NAE_ERA_R-1765_ENSV_Kirjanike_Liit_1945-1955, lk 9
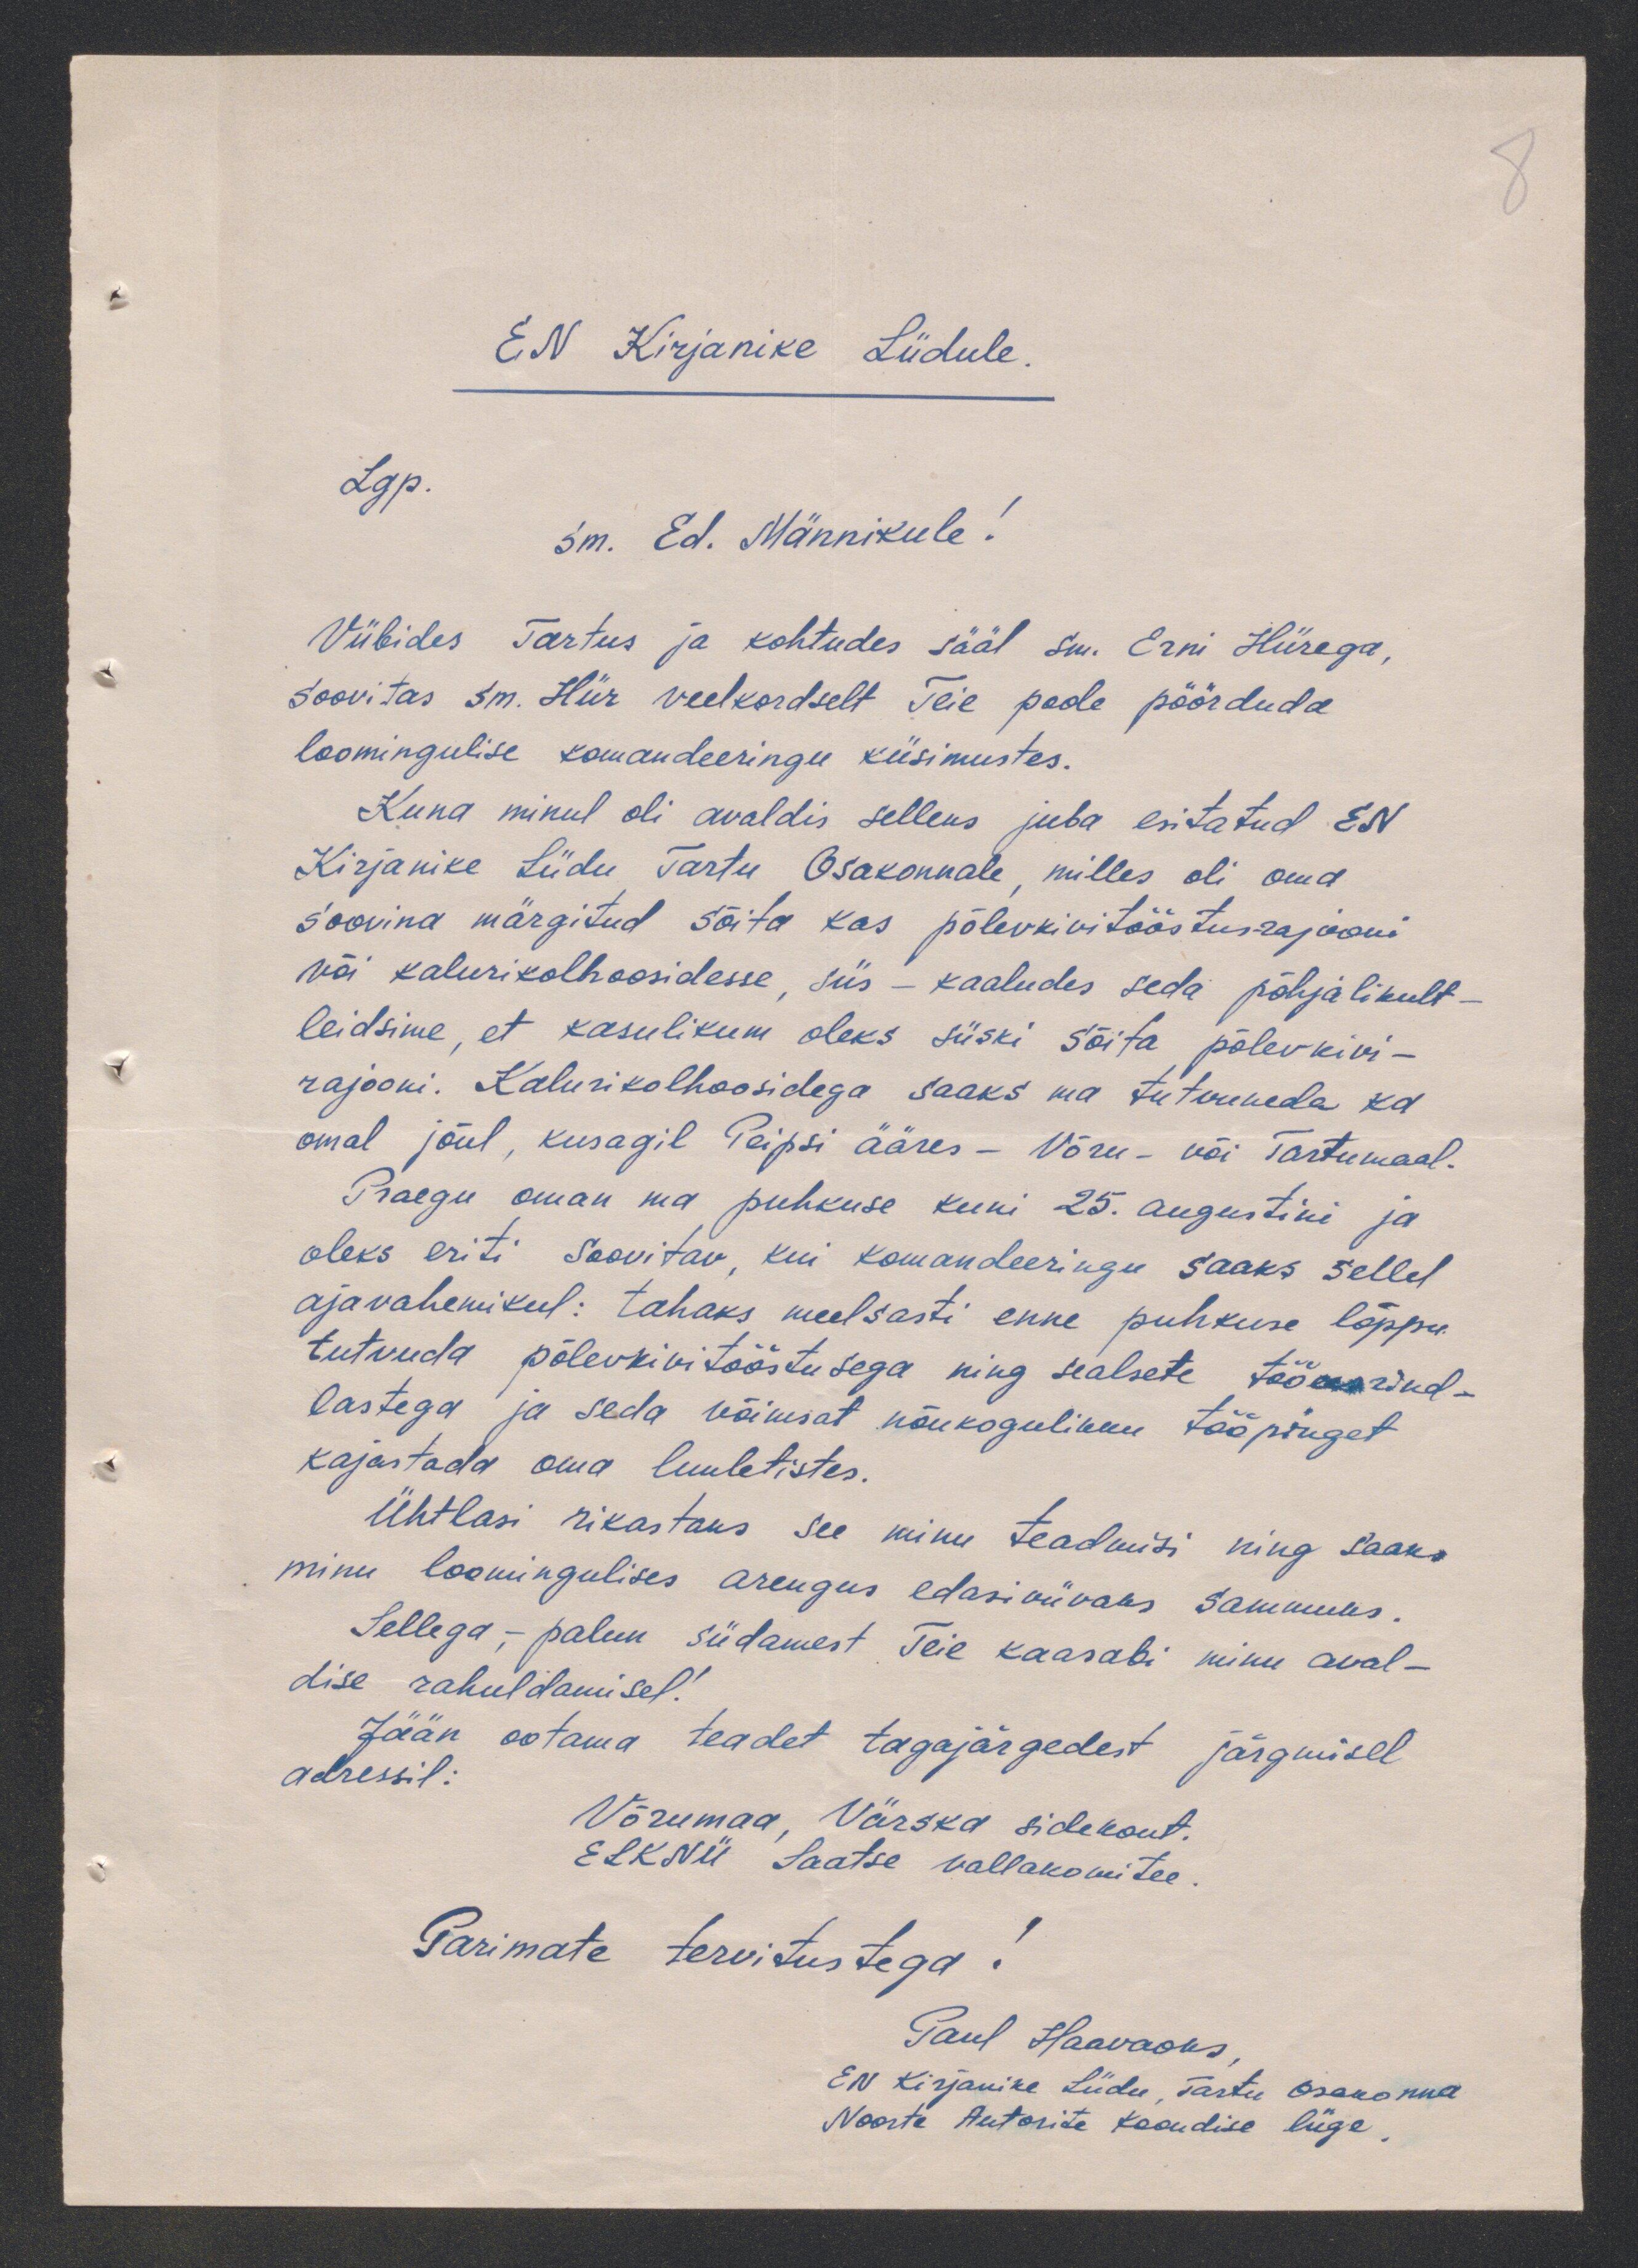
E.N Kirjanike Liidule
Lgp.
sm. Ed. Männikule!
Viibides Tartus ja kohtudes sääl sm. Erni Hiirega
soovitas sm. Hiir veelkordselt Teie poole pöörduda
loomingulise komandeeringu küsimustes.
Kuna minul oli avaldus selleks juba esitatud EN
Kirjanike Liidu Tartu Osakonnale, milles oli oma
soovina märgitud sõita kas põlevkivitööstusrajooni
või kalurikolhoosidesse, siis - kaaludes seda põhjalikult-
leidsime, et kasulikum oleks siiski sõita põlevkivi-
rajooni. Kalurikolhoosidega saaks ma tutvuneda ka
omal jõul, kusagil Peipsi ääres - Võru- või Tartumaal.
Praegu oman ma puhkuse kuni 25. augustini ja
oleks eriti soovitav, kui komandeeringu saaks sellel
ajavahemikul: tahaks meelsasti enne puhkuse lõppu
tutvuda põlevkivitööstusega ning sealsete tööeesrind-
lastega ja seda võimsat nõukogulikku tööpinget
kajastada oma luuletistes.
Ühtlasi rikastaks see minu teadmisi ning saaks
minu loomingulises arengus edasiviivaks sammuks.
Sellega - palun südamest Teie kaasabi minu aval-
dise rahuldamisel!
Jään ootama teadet tagajärgedest
järgmisel
adressil:
Võrumaa, Värska sidekont.
ELKNÜ Saatse vallakomitee
Parimate tervitustega
Paul Haavaoks,
EN Kirjanike Liidu, Tartu Osakonna
Noorte Autorite Koondise liige